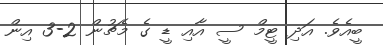
ބީއެވެ. އަދި ޓީމް ސީ އާއި ޑީ ގެ މެޗުން 2-3 އިން